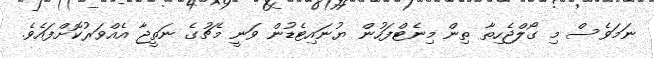
ނަމަވެސް މި ގޯލްޖެހިތާ ތިން މިނެޓްފަހުން ޔުނައިޓެޑުން ވަނީ މެޗުގެ ނަތީޖާ އެއްވަރުކޮށްފައެވެ.